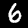
Label: 6